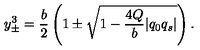
y _ { \pm } ^ { 3 } = { \frac { b } { 2 } } \left( 1 \pm \sqrt { 1 - { \frac { 4 Q } { b } } | q _ { 0 } q _ { s } | } \right) .